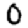
Digit: 0